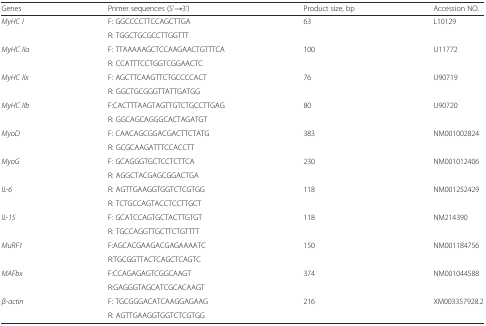
<table><thead><tr><td><b>Genes</b></td><td><b>Primer sequences (5’→3’)</b></td><td><b>Product size, bp</b></td><td><b>Accession NO.</b></td></tr></thead><tbody><tr><td rowspan="2"><i>MyHC I</i></td><td>F: GGCCCCTTCCAGCTTGA</td><td>63</td><td>L10129</td></tr><tr><td>R: TGGCTGCGCCTTGGTTT</td><td></td><td></td></tr><tr><td rowspan="2"><i>MyHC IIa</i></td><td>F: TTAAAAAGCTCCAAGAACTGTTTCA</td><td>100</td><td>U11772</td></tr><tr><td>R: CCATTTCCTGGTCGGAACTC</td><td></td><td></td></tr><tr><td rowspan="2"><i>MyHC IIx</i></td><td>F: AGCTTCAAGTTCTGCCCCACT</td><td>76</td><td>U90719</td></tr><tr><td>R: GGCTGCGGGTTATTGATGG</td><td></td><td></td></tr><tr><td rowspan="2"><i>MyHC IIb</i></td><td>F:CACTTTAAGTAGTTGTCTGCCTTGAG</td><td>80</td><td>U90720</td></tr><tr><td>R: GGCAGCAGGGCACTAGATGT</td><td></td><td></td></tr><tr><td rowspan="2"><i>MyoD</i></td><td>F: CAACAGCGGACGACTTCTATG</td><td>383</td><td>NM001002824</td></tr><tr><td>R: GCGCAAGATTTCCACCTT</td><td></td><td></td></tr><tr><td rowspan="2"><i>MyoG</i></td><td>F: GCAGGGTGCTCCTCTTCA</td><td>230</td><td>NM001012406</td></tr><tr><td>R: AGGCTACGAGCGGACTGA</td><td></td><td></td></tr><tr><td rowspan="2"><i>IL-6</i></td><td>R: AGTTGAAGGTGGTCTCGTGG</td><td>118</td><td>NM001252429</td></tr><tr><td>R: TCTGCCAGTACCTCCTTGCT</td><td></td><td></td></tr><tr><td rowspan="2"><i>IL-15</i></td><td>F: GCATCCAGTGCTACTTGTGT</td><td>118</td><td>NM214390</td></tr><tr><td>R: TGCCAGGTTGCTTCTGTTTT</td><td></td><td></td></tr><tr><td rowspan="2"><i>MuRF1</i></td><td>F:AGCACGAAGACGAGAAAATC</td><td>150</td><td>NM001184756</td></tr><tr><td>R:TGCGGTTACTCAGCTCAGTC</td><td></td><td></td></tr><tr><td rowspan="2"><i>MAFbx</i></td><td>F:CCAGAGAGTCGGCAAGT</td><td>374</td><td>NM001044588</td></tr><tr><td>R:GAGGGTAGCATCGCACAAGT</td><td></td><td></td></tr><tr><td rowspan="2"><i>β-actin</i></td><td>F: TGCGGGACATCAAGGAGAAG</td><td>216</td><td>XM003357928.2</td></tr><tr><td>R: AGTTGAAGGTGGTCTCGTGG</td><td></td><td></td></tr></tbody></table>